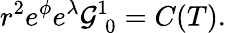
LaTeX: r^{2}e^{\phi}e^{\lambda}{\cal G}_{\; 0}^{1}=C(T).